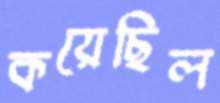
কয়েছিল